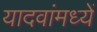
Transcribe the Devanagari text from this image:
यादवांमध्यें